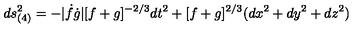
d s _ { ( 4 ) } ^ { 2 } = - | \dot { f } \dot { g } | [ f + g ] ^ { - 2 / 3 } d t ^ { 2 } + [ f + g ] ^ { 2 / 3 } ( d x ^ { 2 } + d y ^ { 2 } + d z ^ { 2 } )